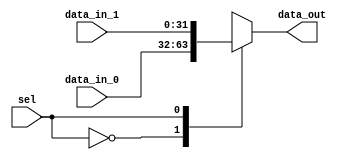
/*
 * @Author: Eric Wong 
 * @Date: 2022-01-15 15:02:39 
 * @Last Modified by:   Eric Wong 
 * @Last Modified time: 2022-01-15 15:02:39 
 */

module mux2 # (
        parameter Width = 32
    )
    (
        input       [Width-1:0] data_in_0   ,
        input       [Width-1:0] data_in_1   ,
        input                   sel         ,
        output reg  [Width-1:0] data_out
    );
    always @(*) begin
        case (sel)
            1'b0: data_out = data_in_0;
            1'b1: data_out = data_in_1;
            default: data_out = data_in_0;
        endcase
    end
endmodule